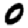
Digit: 0